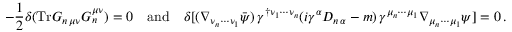
- \frac { 1 } { 2 } \delta ( \mathrm { T r } G _ { n \, \mu \nu } G _ { n } ^ { \mu \nu } ) = 0 \quad \mathrm { a n d } \quad \delta [ ( \nabla _ { \nu _ { n } \cdots \nu _ { 1 } } \bar { \psi } ) \, \gamma ^ { \dagger \nu _ { 1 } \cdots \nu _ { n } } ( i \gamma ^ { \alpha } D _ { n \, \alpha } - m ) \, \gamma ^ { \mu _ { n } \cdots \mu _ { 1 } } \nabla _ { \mu _ { n } \cdots \mu _ { 1 } } \psi ] = 0 \, .